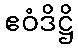
ဧဝံဒိဋ္ဌိ